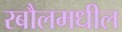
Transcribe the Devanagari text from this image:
रबौलमधील